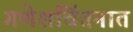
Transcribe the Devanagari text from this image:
गणेशचिंतनात